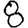
Digit: 8